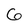
Character: 6